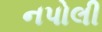
નપોલી